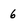
Character: 6